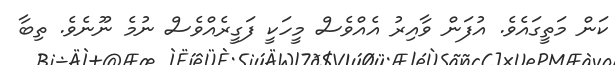
ކަން މަތީގައެވެ. އުފަން ވާއިރު އެއްވެސް މީހަކީ ފަގީރެއްވެސް ނުމެ ނޫނެވެ. ތިބާ